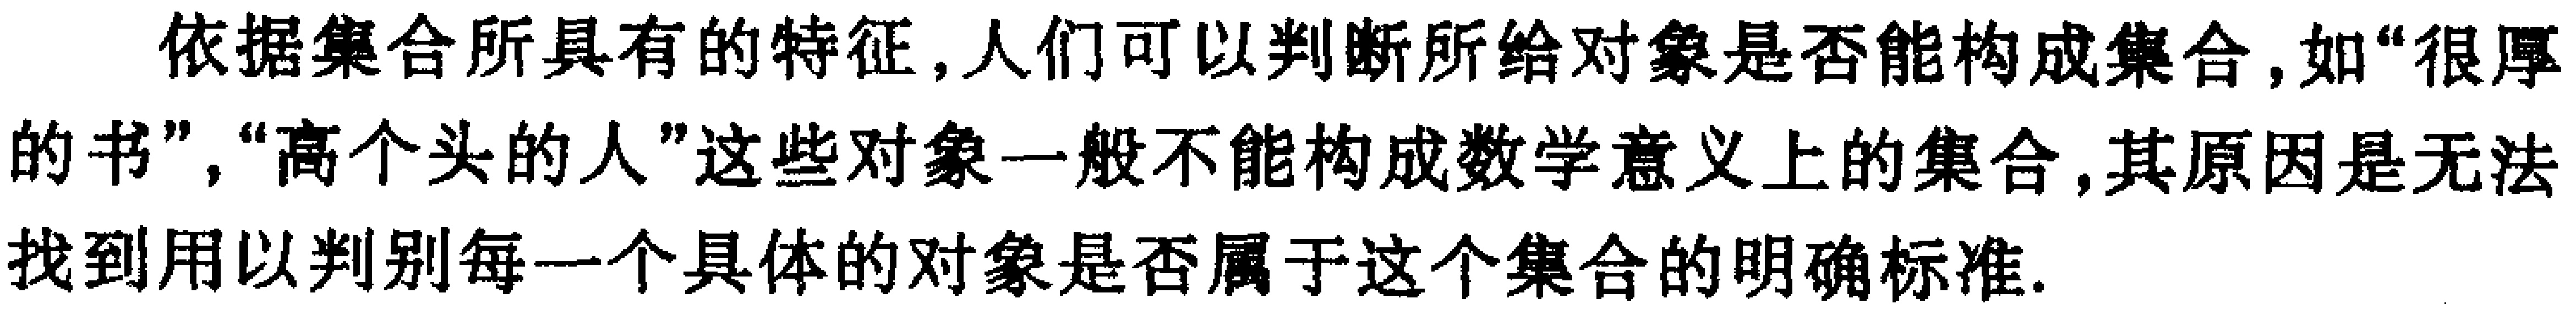
依据集合所具有的特征, 人们可以判断所给对象是否能构成集合, 如“很厚的书”, “高个头的人”这些对象一般不能构成数学意义上的集合, 其原因是无法找到用以判别每一个具体的对象是否属于这个集合的明确标准.